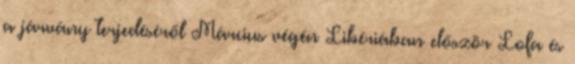
a járvány terjedéséről Március végén Libériában először Lofa és